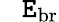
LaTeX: \phantom{+}\mathtt{E}_{\mathrm{{br}}}